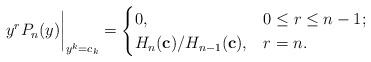
LaTeX: \begin{align*}y^{r}P_{n}(y)\bigg|_{y^{k}=c_{k}}=\begin{cases}0, & 0\leq r\leq n-1;\\H_{n}({\bf c})/H_{n-1}({\bf c}), & r=n.\end{cases}\end{align*}